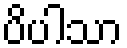
ပိပါသာ